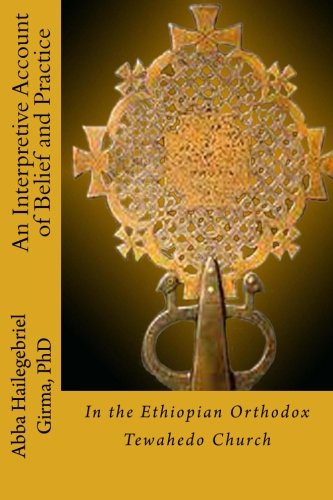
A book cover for An Interpretive Account of Belief and Practice: in the Ethiopian Orthodox Tewahedo Church; Abba Hailegebriel Girma PhD; Christian Books & Bibles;